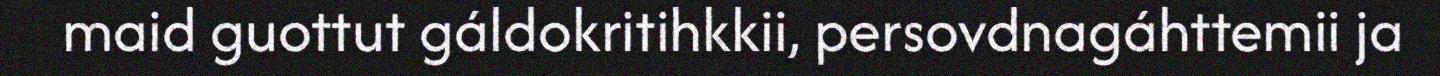
maid guottut gáldokritihkkii, persovdnagáhttemii ja